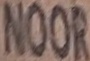
NOOR